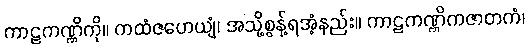
ကာဠကဏ္ဏိကို။ ကထံဇဟေယျံ၊ အသို့စွန့်ရအံ့နည်း။ ကာဠကဏ္ဏိကဇာတကံ၊